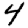
Digit: 4